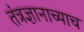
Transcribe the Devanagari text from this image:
तंत्रज्ञानाच्याच